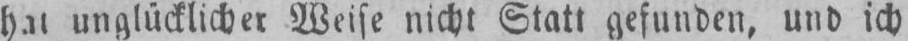
unglücklicher Weise nicht Statt gefunden, und ich